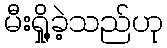
မီးရှို့ခဲ့သည်ဟု